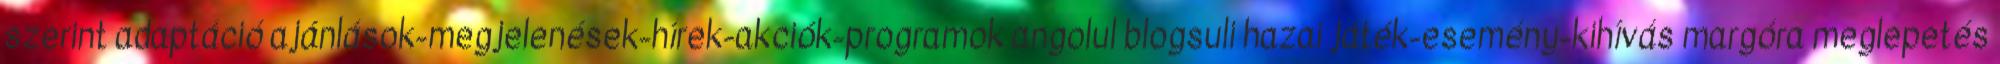
szerint adaptáció ajánlások-megjelenések-hírek-akciók-programok angolul blogsuli hazai játék-esemény-kihívás margóra meglepetés